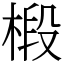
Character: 椴